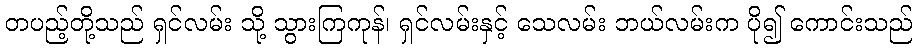
တပည့်တို့သည် ရှင်လမ်း သို့ သွားကြကုန်၊ ရှင်လမ်းနှင့် သေလမ်း ဘယ်လမ်းက ပို၍ ကောင်းသည်